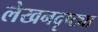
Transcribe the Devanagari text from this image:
लेखनदृष्ट्या